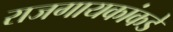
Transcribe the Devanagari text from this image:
राजगायकांकडे